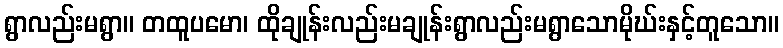
ရွာလည်းမရွာ။ တထူပမော၊ ထိုချုန်းလည်းမချုန်းရွာလည်းမရွာသောမိုဃ်းနှင့်တူသော။